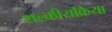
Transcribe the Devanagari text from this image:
शल्कीयक्रिया